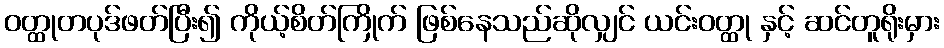
ဝတ္ထုတပုဒ်ဖတ်ပြီး၍ ကိုယ့်စိတ်ကြိုက် ဖြစ်နေသည်ဆိုလျှင် ယင်းဝတ္ထု နှင့် ဆင်တူရိုးမှား